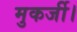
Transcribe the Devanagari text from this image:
मुकर्जी।